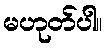
မဟုတ်ပါ။